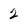
Character: 2